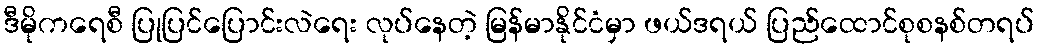
ဒီမိုကရေစီ ပြုပြင်ပြောင်းလဲရေး လုပ်နေတဲ့ မြန်မာနိုင်ငံမှာ ဖယ်ဒရယ် ပြည်ထောင်စုစနစ်တရပ်